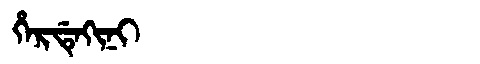
Manchu: ᡥᡝᡵᡩᡝᡴᡳᠨᡳ
Romanization: HERDEKINI